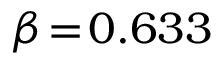
\beta \! = \! 0 . 6 3 3